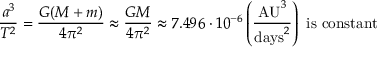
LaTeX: { \frac { a ^ { 3 } } { T ^ { 2 } } } = { \frac { G ( M + m ) } { 4 \pi ^ { 2 } } } \approx { \frac { G M } { 4 \pi ^ { 2 } } } \approx 7 . 4 9 6 \cdot 1 0 ^ { - 6 } \left( { \frac { { \mathrm { A U } } ^ { 3 } } { { \mathrm { d a y s } } ^ { 2 } } } \right) { \mathrm { ~ i s ~ c o n s t a n t } }